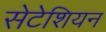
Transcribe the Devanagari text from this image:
सेटेशियन